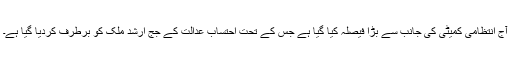
آج انتظامی کمیٹی کی جانب سے بڑا فیصلہ کیا گیا ہے جس کے تحت احتساب عدالت کے جج ارشد ملک کو برطرف کردیا گیا ہے۔